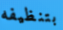
بتنظيفه